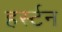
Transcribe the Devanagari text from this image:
हर्स्टन